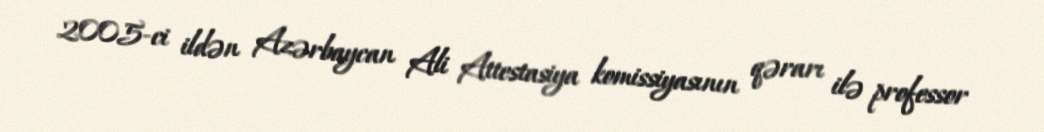
2005-ci ildən Azərbaycan Ali Attestasiya komissiyasının qərarı ilə professor